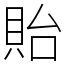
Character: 貽